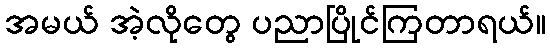
အမယ် အဲ့လိုတွေ ပညာပြိုင်ကြတာရယ်။